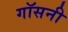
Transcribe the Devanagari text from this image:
गॉसनी